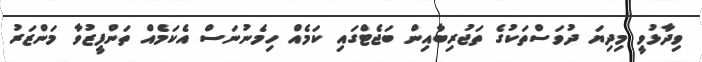
ވިދާޅުވީ މިދިޔަ ދުވަސްތަކުގެ ތަޖުރިބާއިން ބަޖެޓްގައި ކަމެއް ހިމެނުނަސް އެކަމެއް ތަންފީޒުވާ މަންޒަރު